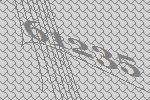
61235